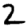
Digit: 2